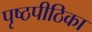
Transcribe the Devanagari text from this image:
पृष्ठपीठिका